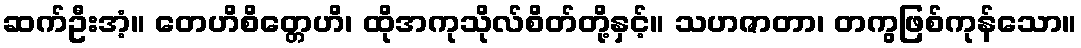
ဆက်ဦးအံ့။ တေဟိစိတ္တေဟိ၊ ထိုအကုသိုလ်စိတ်တို့နှင့်။ သဟဇာတာ၊ တကွဖြစ်ကုန်သော။